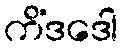
ကိံဒဒေါ